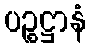
ပဉ္စဋ္ဌာနံ